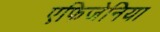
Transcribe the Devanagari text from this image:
एफिजेनिया